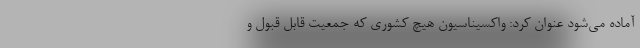
آماده می‌شود عنوان کرد: واکسیناسیون هیچ کشوری که جمعیت قابل قبول و